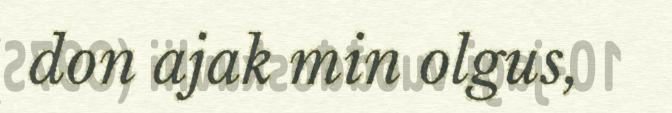
don ajak min olgus,